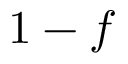
1 - f